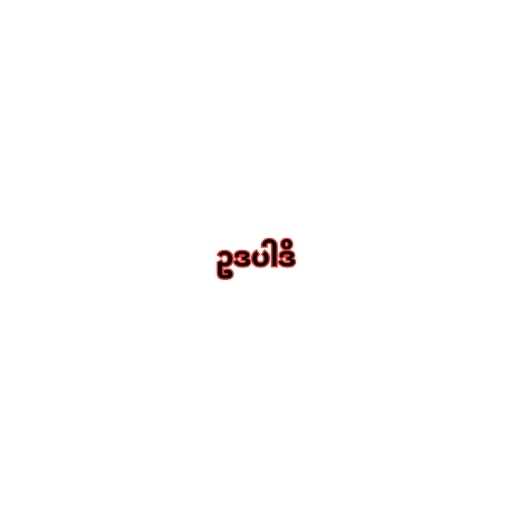
ဥဒပါဒိ